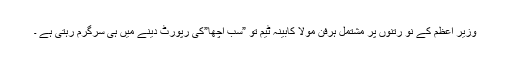
وزیر اعظم کے نو رتنوں پر مشتمل ہرفن مولا کابینہ ٹیم تو ”سب اچھا”کی رپورٹ دینے میں ہی سرگرم رہتی ہے ۔